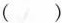
()